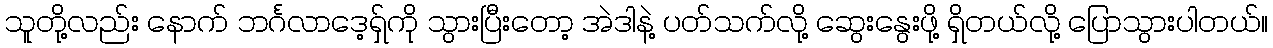
သူတို့လည်း နောက် ဘင်္ဂလာဒေ့ရှ်ကို သွားပြီးတော့ အဲဒါနဲ့ ပတ်သက်လို့ ဆွေးနွေးဖို့ ရှိတယ်လို့ ပြောသွားပါတယ်။